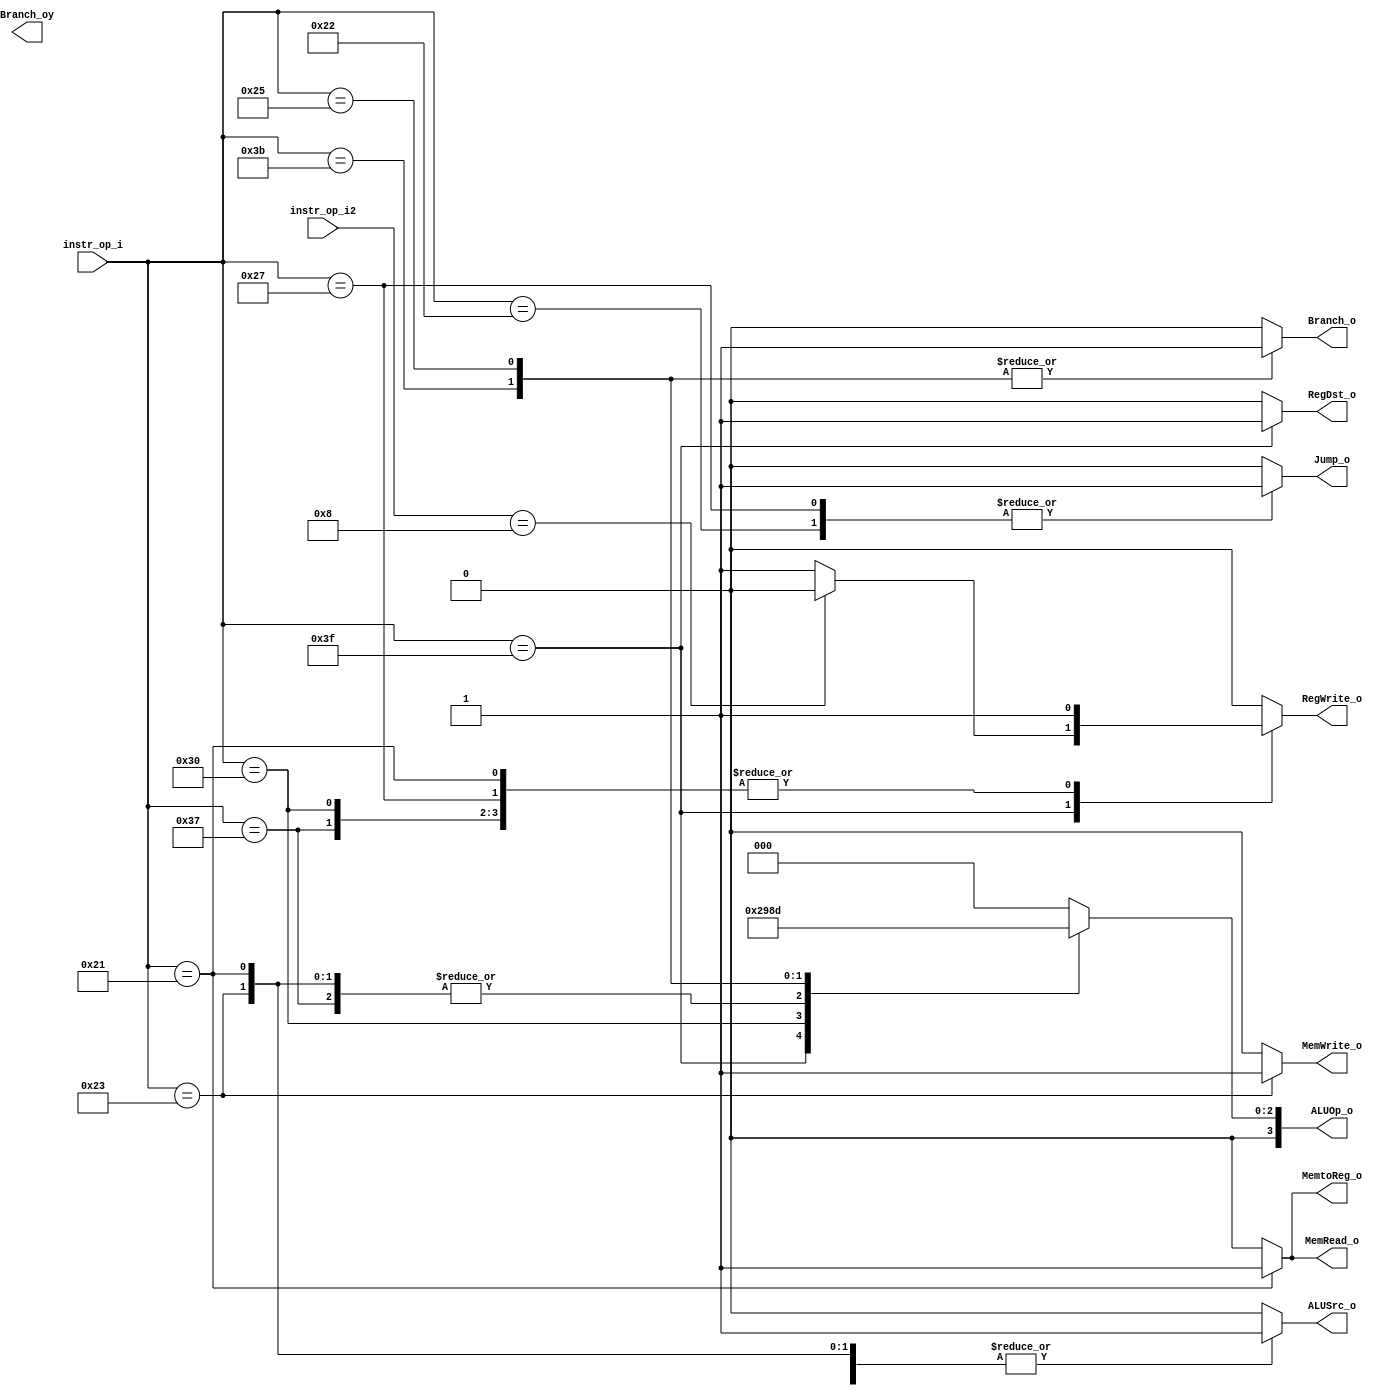
module Decoder( instr_op_i, instr_op_i2,RegWrite_o,	ALUOp_o, ALUSrc_o, RegDst_o, Branch_o, Branch_oy, Jump_o, MemRead_o, MemWrite_o, MemtoReg_o );
     
//I/O ports
input	[6-1:0] instr_op_i;
input	[6-1:0] instr_op_i2;
output			RegWrite_o;
output	[4-1:0] ALUOp_o;
output			ALUSrc_o;
output			RegDst_o;
output         Branch_o;
output         Branch_oy;
output         Jump_o;
output        MemRead_o;
output        MemWrite_o;
output        MemtoReg_o;
//Internal Signals
wire	[4-1:0] ALUOp_o;
wire			ALUSrc_o;
wire			RegWrite_o;
wire			RegDst_o;
wire         Branch_o;
wire         Branch_oy;
wire         Jump_o;
wire        MemRead_o;
wire         MemWrite_o;
wire         MemtoReg_o;
//Main function
/*your code here*/
reg	[4-1:0] ALUOp_os;
reg			ALUSrc_os;
reg			RegWrite_os;
reg			RegDst_os;
reg         Branch_os;
reg         Branch_oys;
reg         Jump_os;
reg        MemRead_os;
reg         MemWrite_os;
reg         MemtoReg_os;

assign ALUOp_o=ALUOp_os;
assign ALUSrc_o=ALUSrc_os;
assign RegWrite_o=RegWrite_os;
assign RegDst_o=RegDst_os;
assign Branch_o=Branch_os;
assign Jump_o=Jump_os;
assign MemRead_o=MemRead_os;
assign MemWrite_o=MemWrite_os;
assign MemtoReg_o=MemtoReg_os;


always @(instr_op_i or instr_op_i2)
begin
	case(instr_op_i)
		6'b111111 : begin //R-type
		if(instr_op_i2==6'b001000)
		  begin
		  RegWrite_os <= 1'b0;
		  ALUOp_os <= 4'b0010;
          ALUSrc_os <= 1'b0; 
          RegDst_os <= 1'b1; 
          Branch_os <= 1'b0;
          Jump_os <= 1'b0;
          MemRead_os <= 1'b0;
          MemWrite_os <= 1'b0;
          MemtoReg_os <= 1'b0;
          end
          
         else begin
                RegWrite_os <= 1'b1;
                ALUOp_os <= 4'b0010;
                ALUSrc_os <= 1'b0; 
                RegDst_os <= 1'b1; 
                Branch_os <= 1'b0;
                Jump_os <= 1'b0;
                MemRead_os <= 1'b0;
                MemWrite_os <= 1'b0;
                MemtoReg_os <= 1'b0;
                end
                
            end
		6'b110111 : begin //Add immediate
                RegWrite_os = 1'b1; 
                ALUOp_os = 4'b0110;
                ALUSrc_os = 1'b1; 
                RegDst_os = 1'b0; //don't care
                Branch_os = 1'b0;
                Jump_os <= 1'b0;                                    
                MemRead_os <= 1'b0;                                    
                MemWrite_os <= 1'b0;
                MemtoReg_os <= 1'b0;
            end
		6'b110000 : begin //Load upper immediate
                RegWrite_os = 1'b1;
                ALUOp_os = 4'b0100;
                ALUSrc_os = 1'b1; 
                RegDst_os = 1'b0; //don't care
                Branch_os = 1'b0;
                Jump_os <= 1'b0;                                    
                MemRead_os <= 1'b0;                                    
                MemWrite_os <= 1'b0;
                MemtoReg_os <= 1'b0;
           end
		6'b100001 : begin //load word
                           RegWrite_os <= 1'b1;
                           ALUOp_os <= 4'b0110;
                           ALUSrc_os <= 1'b1; 
                           RegDst_os <= 1'b0; 
                           Branch_os <= 1'b0;
                           Jump_os <= 1'b0;
                           MemRead_os <= 1'b1;
                           MemWrite_os <= 1'b0;
                           MemtoReg_os <= 1'b1;
                       end
        6'b100011 : begin //store word
                    RegWrite_os <= 1'b0;
                    ALUOp_os <= 4'b0110;
                    ALUSrc_os <= 1'b1;                                     
                    RegDst_os <= 1'b0;                                     
                    Branch_os <= 1'b0;                                    
                    Jump_os <= 1'b0;                                    
                    MemRead_os <= 1'b0;                                    
                    MemWrite_os <= 1'b1;
                    MemtoReg_os <= 1'b0;
                                   end
        6'b111011 : begin //Branch on equal
                    RegWrite_os = 1'b0; 
                    ALUOp_os = 4'b0001;
                    ALUSrc_os = 1'b0; 
                    RegDst_os = 1'b0; //don't care
                    Branch_os = 1'b1;
                    Jump_os <= 1'b0;                                    
                    MemRead_os <= 1'b0;                                    
                    MemWrite_os <= 1'b0;
                    MemtoReg_os <= 1'b0;
                    end
        6'b100101 : begin //Branch on not equal 
                    RegWrite_os = 1'b0;
                    ALUOp_os = 4'b0101;
                    ALUSrc_os = 1'b0; 
                    RegDst_os = 1'b0; //don't care
                    Branch_os = 1'b1;
                    Jump_os <= 1'b0;                                    
                    MemRead_os <= 1'b0;                                    
                    MemWrite_os <= 1'b0;
                    MemtoReg_os <= 1'b0;
                    end   
        6'b100010 : begin //jump
                    RegWrite_os <= 1'b0;
                    ALUOp_os <= 4'b0000;
                    ALUSrc_os <= 1'b0; 
                    RegDst_os <= 1'b0; 
                                    Branch_os <= 1'b0;
                                    Jump_os <= 1'b1;
                                    MemRead_os <= 1'b0;
                                    MemWrite_os <= 1'b0;
                                    MemtoReg_os <= 1'b0;
                   end   
        6'b100111 : begin //jump and link
                   RegWrite_os <= 1'b1;
                   ALUOp_os <= 4'b0000;     
                   ALUSrc_os <= 1'b0; 
                   RegDst_os <= 1'b0; 
                                   Branch_os <= 1'b0;
                                   Jump_os <= 1'b1;
                                   MemRead_os <= 1'b0;
                                   MemWrite_os <= 1'b0;
                                   MemtoReg_os <= 1'b0;
                               end                            
		default : begin 
                RegWrite_os = 1'b0;
                ALUOp_os = 4'b0000;
                ALUSrc_os = 1'b0;
                RegDst_os = 1'b0;
                Branch_os = 1'b0;
                                Jump_os <= 1'b0;                                    
                                MemRead_os <= 1'b0;                                    
                                MemWrite_os <= 1'b0;
                                MemtoReg_os <= 1'b0;
            end
	endcase
end

endmodule